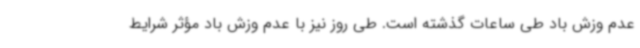
عدم وزش باد طی ساعات گذشته است. طی روز نیز با عدم وزش باد مؤثر شرایط